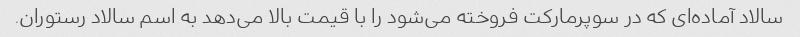
سالاد آماده‌ای که در سوپرمارکت فروخته می‌شود را با قیمت بالا می‌دهد به اسم سالاد رستوران.